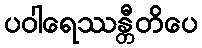
ပဝါရေဿန္တီတိပေ